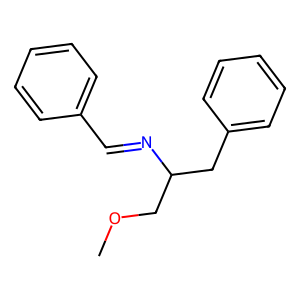
SMILES: COCC(Cc1ccccc1)N=Cc1ccccc1
Inhibits HIV replication: No